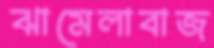
ঝামেলাবাজ